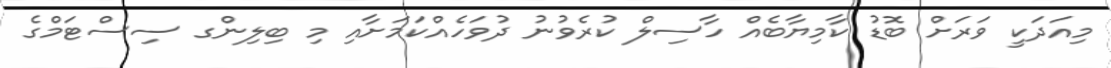
މިއަދަކީ ވަރަށް ބޮޑު ކާމިޔާބެއް ހާސިލް ކުރެވުނު ދުވަހެއްކަމަށާއި މި ބިލިންގ ސިސްޓަމްގެ